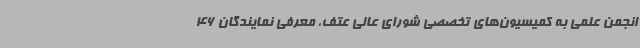
انجمن علمی به کمیسیون‌های تخصصی شورای عالی عتف، معرفی نمایندگان 46